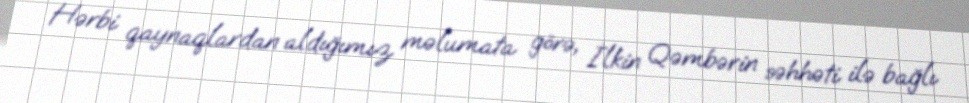
Hərbi qaynaqlardan aldığımız məlumata görə, İlkin Qəmbərin səhhəti ilə bağlı